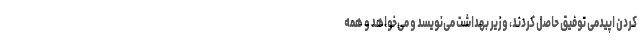
کردن اپیدمی توفیق حاصل کردند، وزیر بهداشت می‌نویسد و می‌خواهد و همه